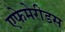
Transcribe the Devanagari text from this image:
एफेमेरीडस